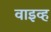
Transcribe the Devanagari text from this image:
वाइव्ह